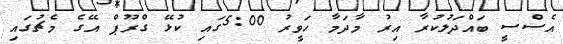
އެސްސީ ބައްދަލުކުރާ އިރު މާދަމާ ހަވީރު 5:00ގައި ކުޅޭ ގްރޫޕް އޭގެ މެޗުގައި